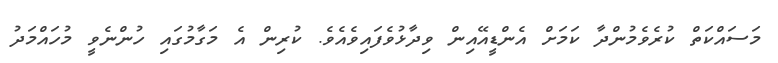
މަސައްކަތް ކުރެވެމުންދާ ކަމަށް އެންޑީއޭއިން ވިދާޅުވެފައިވެއެވެ. ކުރިން އެ މަގާމުގައި ހުންނެވީ މުހައްމަދު